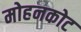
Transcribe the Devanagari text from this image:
मोहनकोट